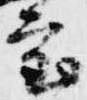
室